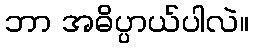
ဘာ အဓိပ္ပာယ်ပါလဲ။